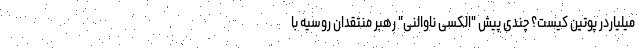
میلیاردر پوتین کیست؟ چندی پیش "الکسی ناوالنی" رهبر منتقدان روسیه با